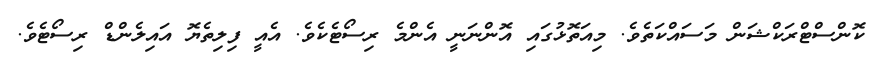
ކޮންސްޓްރަކްޝަން މަސައްކަތެވެ. މިއަތޮޅުގައި އޮންނަނީ އެންމެ ރިސޯޓެކެވެ. އެއީ ފިލިތެޔޮ އައިލެންޑް ރިސޯޓެވެ.